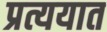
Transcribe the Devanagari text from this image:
प्रत्ययात